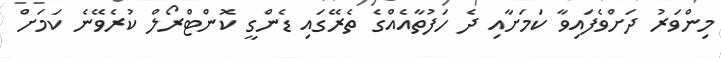
މިންވަރު ދަށްވެފައިވާ ކަމަށާއި ދެ ހަފުތާއެއްގެ ތެރޭގައި ޑެންގީ ކޮންޓްރޯލް ކުރެވޭނެ ކަމަށް